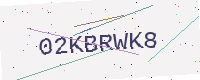
Text: 02KBRWK8